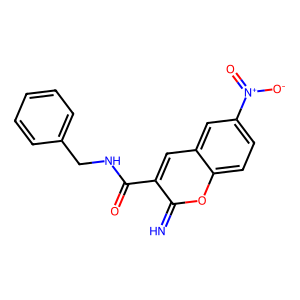
SMILES: N=c1oc2ccc([N+](=O)[O-])cc2cc1C(=O)NCc1ccccc1
Inhibits HIV replication: No